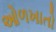
ઓળખાતો